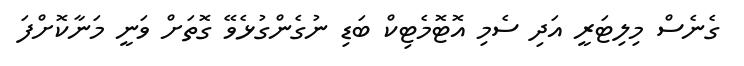
ގެނެސް މިލިޓަރީ އަދި ސެމި އޮޓޮމެޓިކް ބަޑި ނުގެންގުޅެވޭ ގޮތަށް ވަނީ މަނާކޮށްފަ